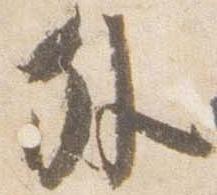
外